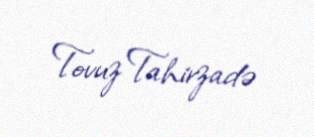
Tovuz Tahirzadə